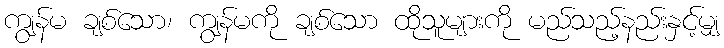
ကျွန်မ ချစ်သော၊ ကျွန်မကို ချစ်သော ထိုသူများကို မည်သည့်နည်းနှင့်မျှ